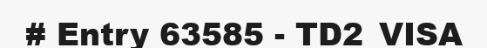
# Entry 63585 - TD2_VISA